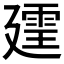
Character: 𪪲